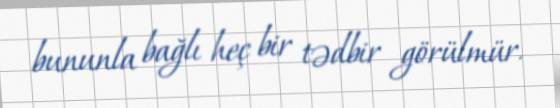
bununla bağlı heç bir tədbir görülmür.